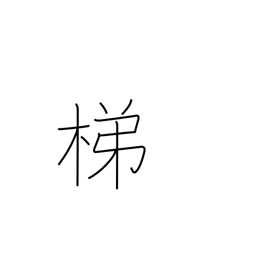
Meaning: insatiable drinking